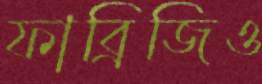
ফাব্রিজিও